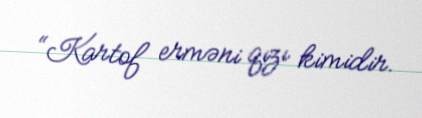
“Kartof erməni qızı kimidir.